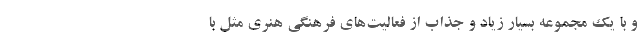
و با یک مجموعه بسیار زیاد و جذاب از فعالیت‌های فرهنگی هنری مثل با